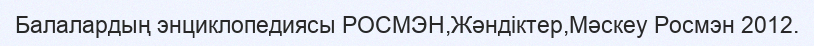
Балалардың энциклопедиясы РОСМЭН,Жәндіктер,Мәскеу Росмэн 2012.